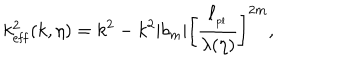
k _ { \mathrm { e f f } } ^ { 2 } ( k , \eta ) = k ^ { 2 } - k ^ { 2 } \vert b _ { m } \vert \biggl [ { \frac { \ell _ { _ \mathrm { p l } } } { \lambda ( \eta ) } } \biggr ] ^ { 2 m } ,